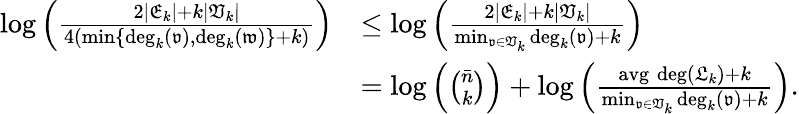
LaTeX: \begin{array}{rl}{\log\left(\frac{2|\mathfrak{E}_{k}|+k|\mathfrak{V}_{k}|}{4(\operatorname*{min}\{ \mathrm{deg}_{k}(\mathfrak{v}),\mathrm{deg}_{k}(\mathfrak{w})\} +k)}\right)}&{\leq\log\left(\frac{2|\mathfrak{E}_{k}|+k|\mathfrak{V}_{k}|}{\operatorname*{min}_{\mathfrak{v}\in\mathfrak{V}_{k}}\mathrm{deg}_{k}(\mathfrak{v})+k}\right)}\\ &{=\log\left(\binom{\bar{n}}{k}\right)+\log\left(\frac{\mathrm{avg\; deg}(\mathfrak{L}_{k})+k}{\operatorname*{min}_{\mathfrak{v}\in\mathfrak{V}_{k}}\mathrm{deg}_{k}(\mathfrak{v})+k}\right).}\end{array}